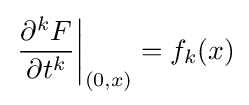
\left.{\frac {\partial ^{k}F}{\partial t^{k}}}\right|_{(0,x)}=f_{k}(x)